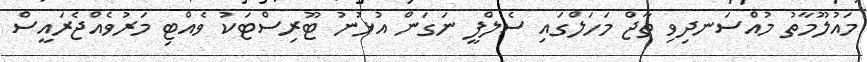
މައުލޫމާތު މުއްސަނދިވި ތާޖް މަހަލްގައި ސެލްފީ ނަގަން އުޅުނު ޓޫރިސްޓަކު ވެއްޓި މަރުވެއްޖެރައީސް